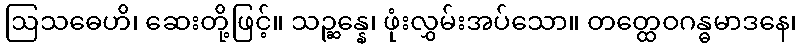
ဩသဓေဟိ၊ ဆေးတို့ဖြင့်။ သဉ္ဆန္နေ၊ ဖုံးလွှမ်းအပ်သော။ တတ္ထေဝဂန္ဓမာဒနေ၊